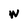
Character: W